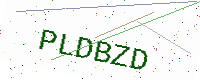
Text: PLDBZD